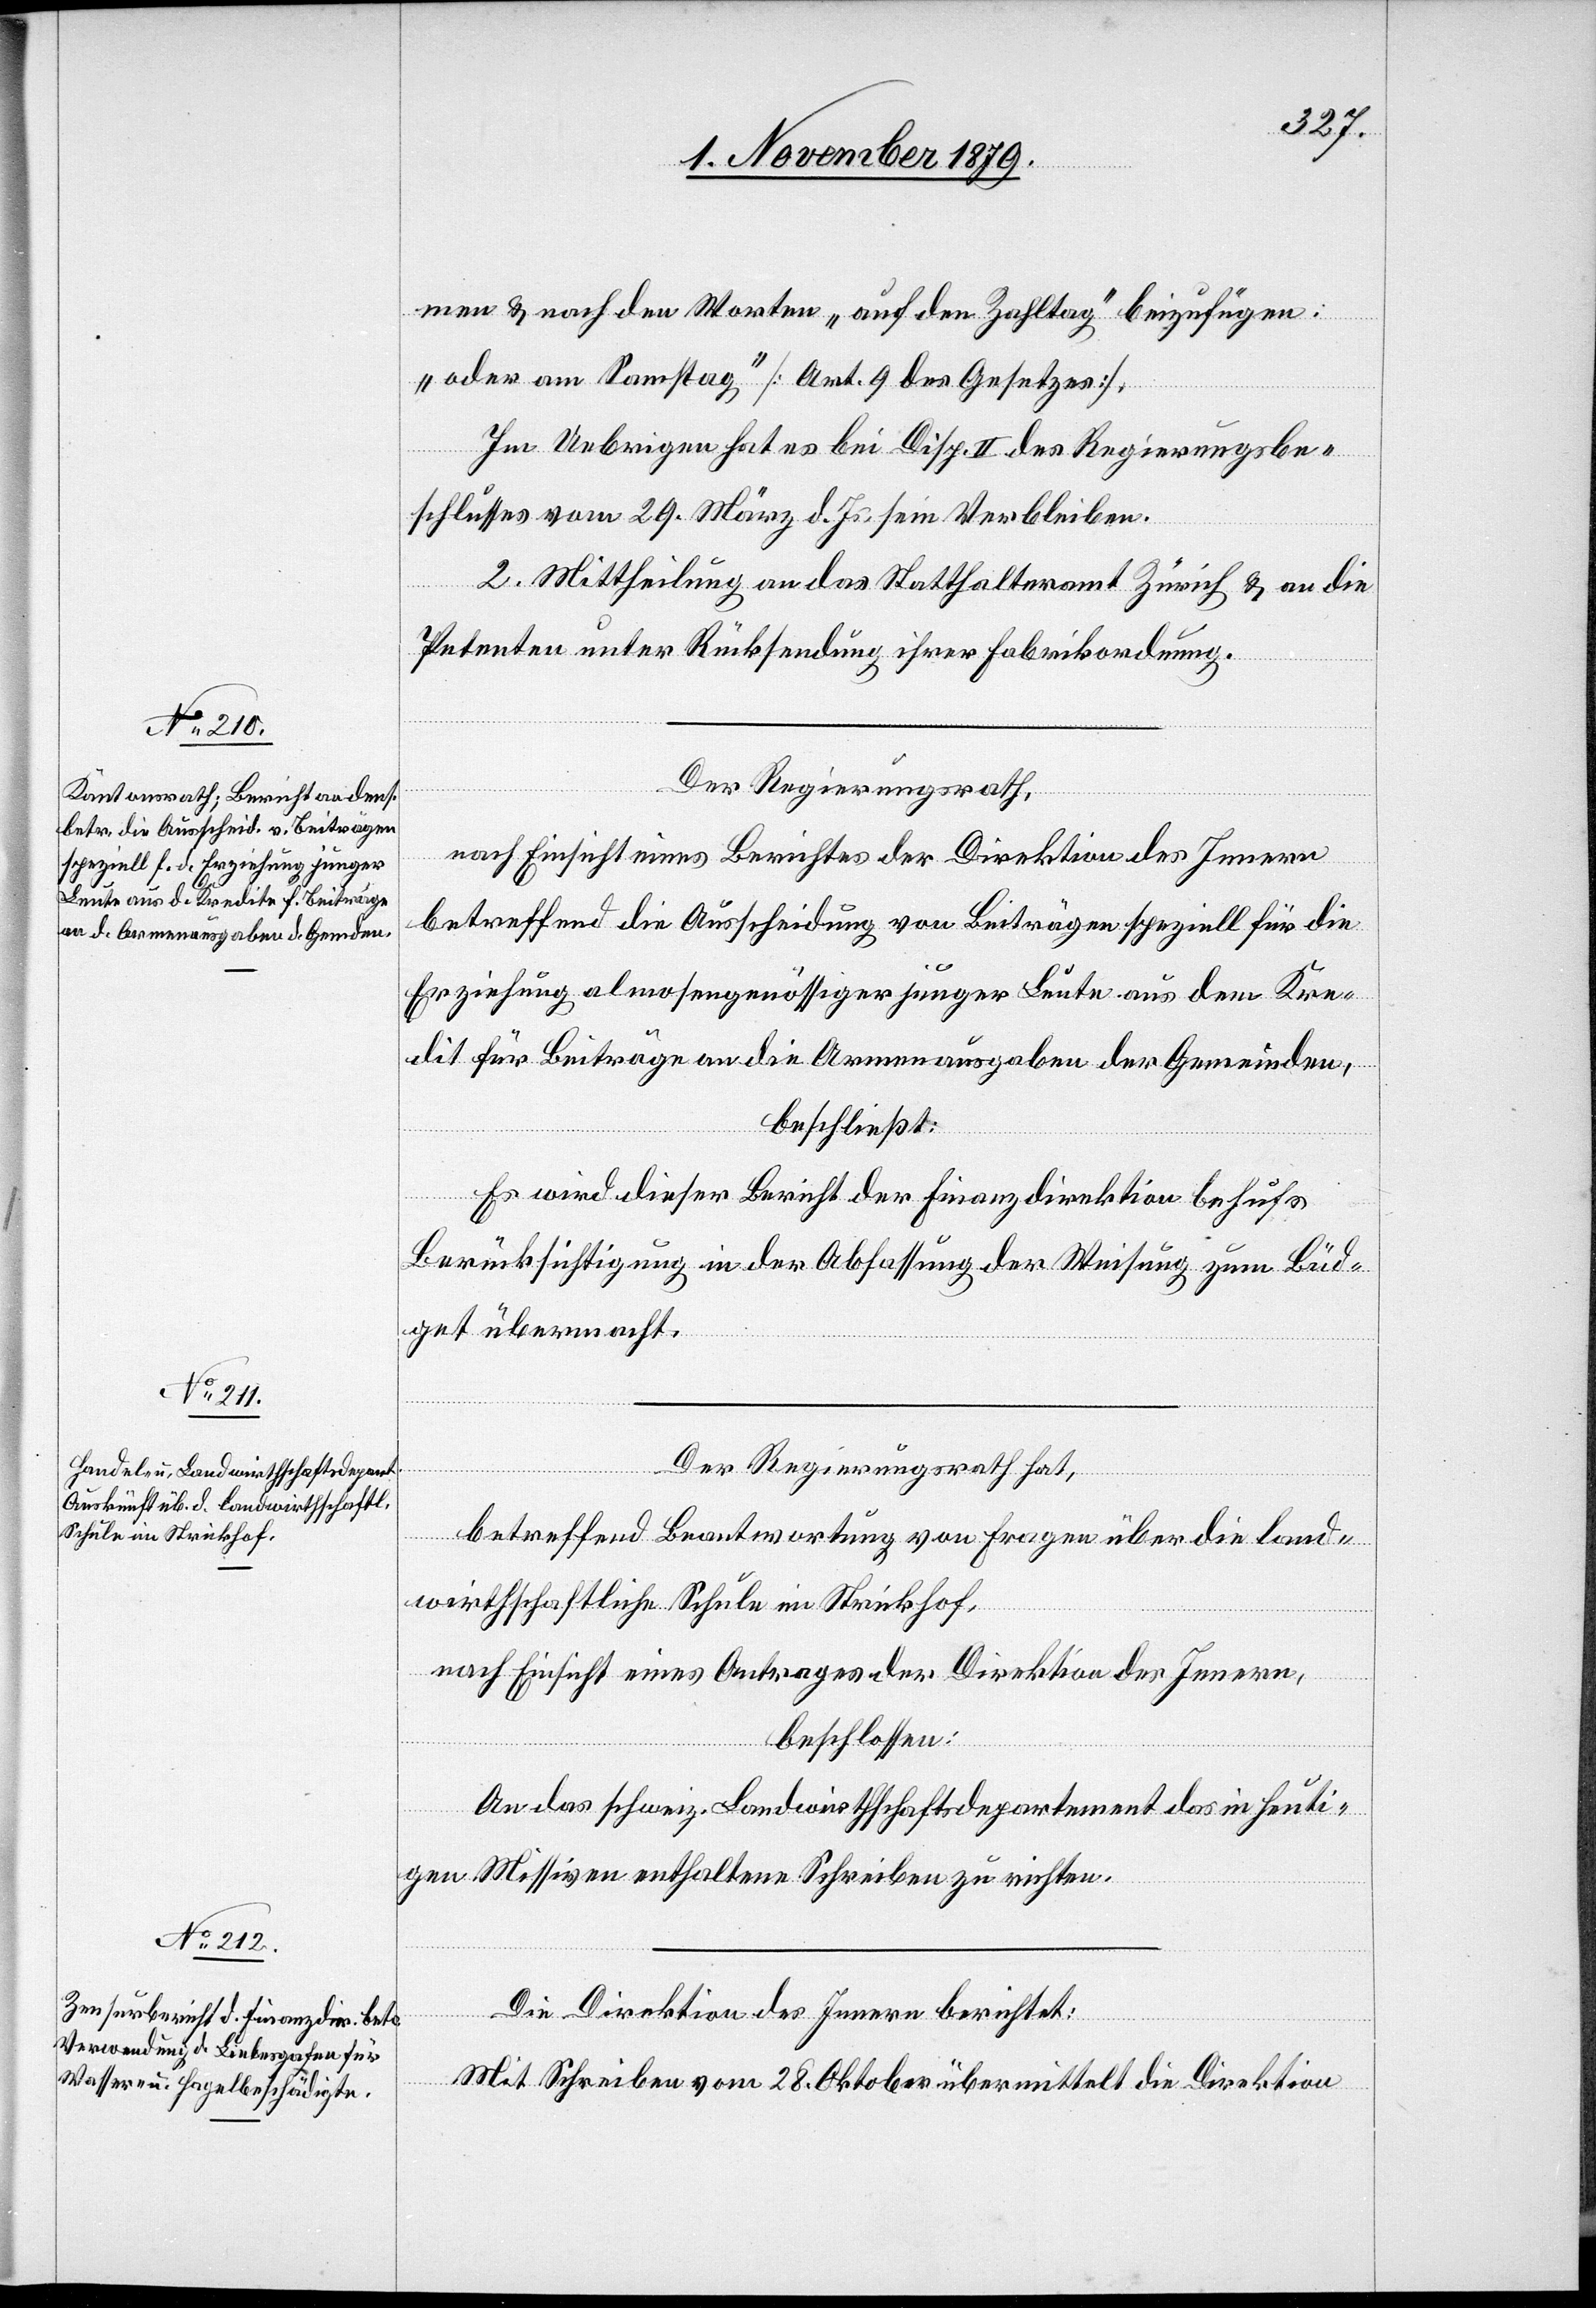
men und nach den Worten „auf den Zahltag“ beizufügen:
„oder am Samstag“ [Art. 9 des Gesetzes].
Im Uebrigen hat es bei Disp. II des Regierungsbe¬
schlusses vom 29. März d. Js. sein Verbleiben.
2. Mittheilung an das Statthalteramt Zürich & an die
Petenten unter Rücksendung ihrer Fabrikordnung.
Der Regierungsrath,
nach Einsicht eines Berichtes der Direktion des Innern,
betreffend die Ausscheidung von Beiträgen speziell für die
Erziehung almosengenössiger junger Leute aus dem Kre¬
dit für Beiträge an die Armenausgaben der Gemeinden,
beschließt:
Es wird dieser Bericht der Finanzdirektion behufs
Berücksichtigung in der Abfassung der Weisung zum Büd¬
get übermacht.
Der Regierungsrath hat,
betreffend Beantwortung von Fragen über die land¬
wirthschaftliche Schule im Strickhof,
nach Einsicht eines Antrages der Direktion des Innern,
beschlossen:
An das schweiz. Landwirthschaftsdepartement das in heuti¬
gen Missiven enthaltene Schreiben zu richten.
Die Direktion des Innern berichtet:
Mit Schreiben vom 28. Oktober übermittelt die Direktion